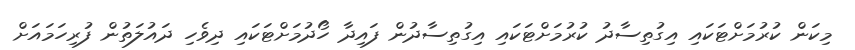
މިކަން ކުރުމަށްޓަކައި އިގުތިސާދު ކުރުމަށްޓަކައި އިގުތިސާދުން ފައިދާ ހޯދުމަށްޓަކައި ދިވެހި ދައުލަތުން ފުރިހަމައަށް